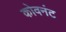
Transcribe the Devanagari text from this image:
कोवनंट